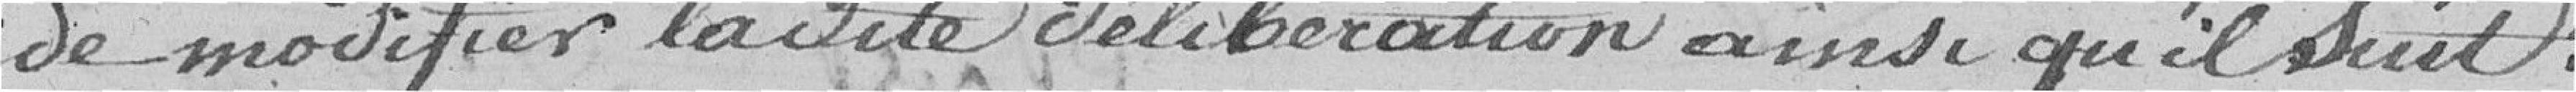
de modifier la dite délibération ainsi qu'il suit :